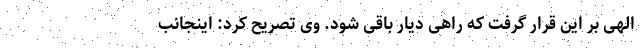
الهی بر این قرار گرفت که راهی دیار باقی شود. وی تصریح کرد: اینجانب